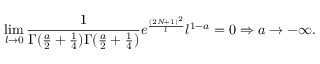
\operatorname * { l i m } _ { l \rightarrow 0 } \frac { 1 } { \Gamma ( \frac { a } { 2 } + \frac { 1 } { 4 } ) \Gamma ( \frac { a } { 2 } + \frac { 1 } { 4 } ) } e ^ { \frac { ( 2 N + 1 ) ^ { 2 } } { l } } l ^ { 1 - a } = 0 \Rightarrow a \rightarrow - \infty .